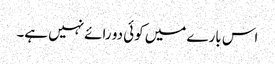
اس بارے میں کوئی دو رائے نہیں ہے۔